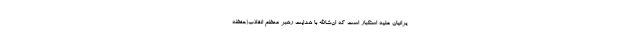
یرانیان علیه استکبار است که ان‌شاالله با هدایت رهبر معظم انقلاب(حفظه